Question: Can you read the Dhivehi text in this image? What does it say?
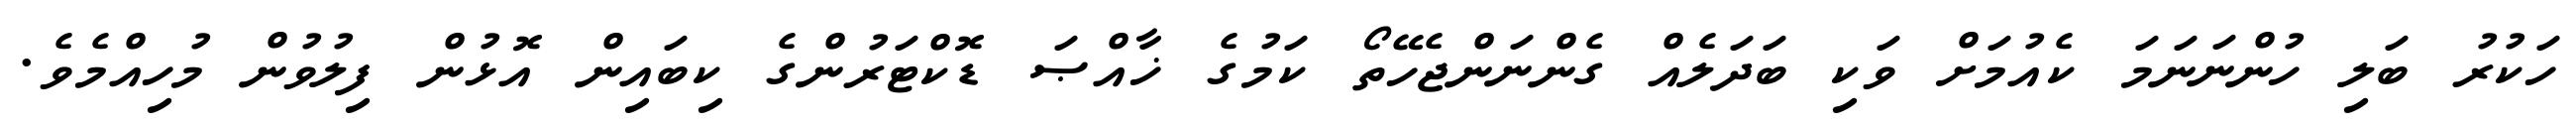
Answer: ހަކުރު ބަލި ހުންނަނަމަ ކެއުމަށް ވަކި ބަދަލެއް ގެންނަންޖެހޭތޯ ކަމުގެ ޚާއްޞަ ޑޮކްޓަރުންގެ ކިބައިން އޮޅުން ފިލުވުން މުހިއްމެވެ.